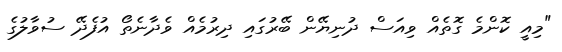
"މިއީ ކޮންމެ ގޮތެއް ވިއަސް ދުނިޔޭން ބޭރުގައި ދިރުމެއް ވެދާނެތޯ އުފެދޭ ސުވާލުގެ